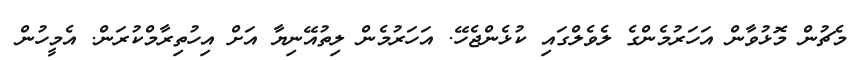
މެޗުން މޮޅުވާން އަހަރުމެންގެ ލެވެލްގައި ކުޅެންޖެހޭ. އަހަރުމެން ލިތުއޭނިޔާ އަށް އިހުތިރާމްކުރަން. އެމީހުން